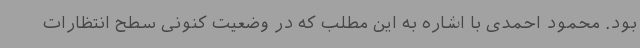
بود. محمود احمدی با اشاره به این مطلب که در وضعیت کنونی سطح انتظارات